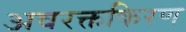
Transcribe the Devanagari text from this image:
अवरक्तकिरण